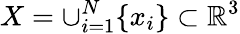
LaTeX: X=\cup_{i=1}^{N}\{ x_{i}\} \subset\mathbb{R}^{3}